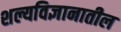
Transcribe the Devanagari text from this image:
शल्यविज्ञानातील